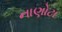
નાણોટા